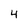
Character: 4